Leaving Certificate, 1897
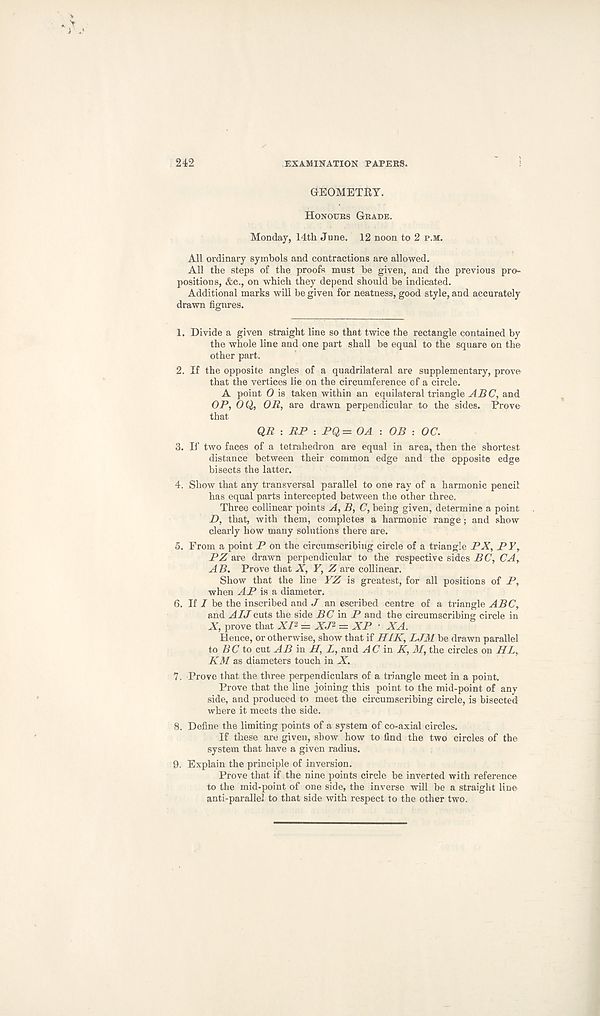
242
EXAMINATION PAPERS.
GEOMETRY.
Honours Grade.
Monday, 14th June. 12 noon to 2 p.m.
All ordinary symbols and contractions are allowed.
All the steps of the proofs must be given, and the previous pro-
positions, &c., on which they depend should be indicated.
Additional marks will be given for neatness, good style, and accurately
drawn figures.
1. Divide a given straight line so that twice the rectangle contained by
the whole line and one part shall be equal to the square on the
other part.
2. If the opposite angles of a quadrilateral are supplementary, prove
that the vertices lie on the circumference of a circle.
A point 0 is taken within an equilateral triangle ABC, and
OP, OQ, OR, are drawn perpendicular to the sides. Prove
that
QR : RP : PQ= OA : OB : OC.
3. If two faces of a tetrahedron are equal in area, then the shortest
distance between their common edge and the opposite edge
bisects the latter.
4. Show that any transversal parallel to one ray of a harmonic pencil
has equal parts intercepted between the other three.
Three collinear points A, B, C, being given, determine a point
D, that, with them, completes a harmonic range; and show
clearly how many solutions there are.
5. From a point P on the circumscribing circle of a triangle PX, PY,
PZ are drawn perpendicular to the respective sides BC, CA,
A B. Prove that X, Y, Z are collinear.
Show that the line YZ is greatest, for all positions of P,
when AP is a diameter.
6. If I be the inscribed and J an escribed centre of a triangle ABC,
and ^4A/cuts the side BC in P and the circumscribing circle in
AT, prove that XP = X.P = XP ■ XA.
Hence, or otherwise, show that if HIK, LJM be drawn parallel
to BC to cut AB m H, Z, and ^4(7 in K, M, the circles on HL,
KM as diameters touch in X.
7. Prove that the three perpendiculars of a triangle meet in a point.
Prove that the line joining this point to the mid-point of any
side, and produced to meet the circumscribing circle, is bisected
where it meets the side.
8. Define the limiting points of a system of co-axial circles.
If these are given, show how to find the two circles of the
system that have a given radius.
9. Explain the principle of inversion.
Prove that if the nine points circle be inverted with reference
to the mid-point of one side, the inverse will be a straight line
anti-parallel to that side with respect to the other two.